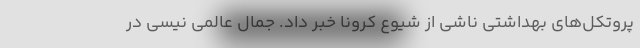
پروتکل‌های بهداشتی ناشی از شیوع کرونا خبر داد. جمال عالمی نیسی در